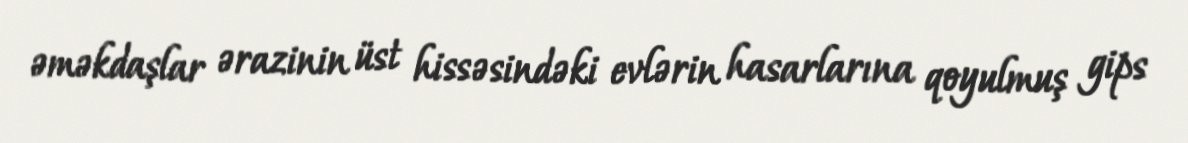
əməkdaşlar ərazinin üst hissəsindəki evlərin hasarlarına qoyulmuş gips